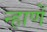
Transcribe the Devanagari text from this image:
न्हाणें